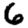
Digit: 6